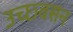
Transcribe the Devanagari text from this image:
उच्छ्वसन